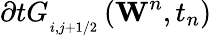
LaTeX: \partial tG_{_{i,j+1/2}}^{{}}\left({{\mathbf{W}}^{n}},{{t}_{n}}\right)